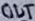
Text: OUT